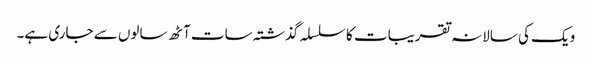
ویک کی سالانہ تقریبات کا سلسلہ گذشتہ سات آٹھ سالوں سے جاری ہے۔